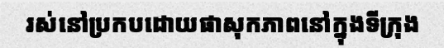
រស់នៅប្រកបដោយផាសុកភាពនៅក្នុងទីក្រុង